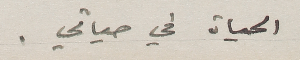
الحياة في حياتي.